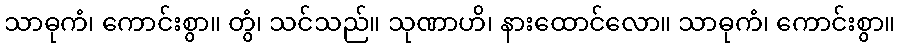
သာဓုကံ၊ ကောင်းစွာ။ တွံ၊ သင်သည်။ သုဏာဟိ၊ နားထောင်လော။ သာဓုကံ၊ ကောင်းစွာ။